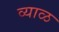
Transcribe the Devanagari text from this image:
व्याळ